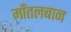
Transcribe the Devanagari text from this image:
मॉंतलबान